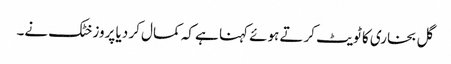
گل بخاری کا ٹویٹ کرتے ہوئے کہنا ہے کہ کمال کر دیا پروز خٹک نے۔